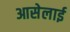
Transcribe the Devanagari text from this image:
आसेलाई